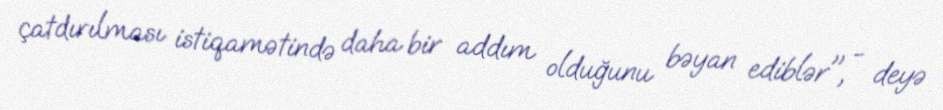
çatdırılması istiqamətində daha bir addım olduğunu bəyan ediblər", - deyə